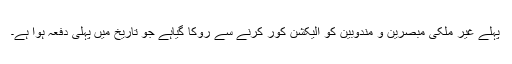
پہلے غیر ملکی مبصرین و مندوبین کو الیکشن کور کرنے سے روکا گیاہے جو تاریخ میں پہلی دفعہ ہوا ہے۔